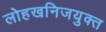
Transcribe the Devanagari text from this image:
लोहखनिजयुक्त